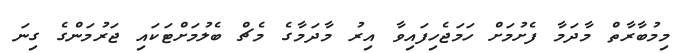
މިމުބާރާތް މާދަމާ ފެށުމަށް ހަމަޖެހިފައިވާ އިރު މާދަމާގެ މެޗް ބެލުމަށްޓަކައި ޖަރުމަންގެ ގިނަ